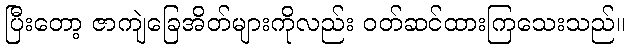
ပြီးတော့ ဇာကျဲခြေအိတ်များကိုလည်း ဝတ်ဆင်ထားကြသေးသည်။